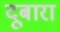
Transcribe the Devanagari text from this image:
दूबारा